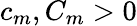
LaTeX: c_{m},C_{m}>0